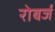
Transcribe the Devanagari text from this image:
रोबर्ज